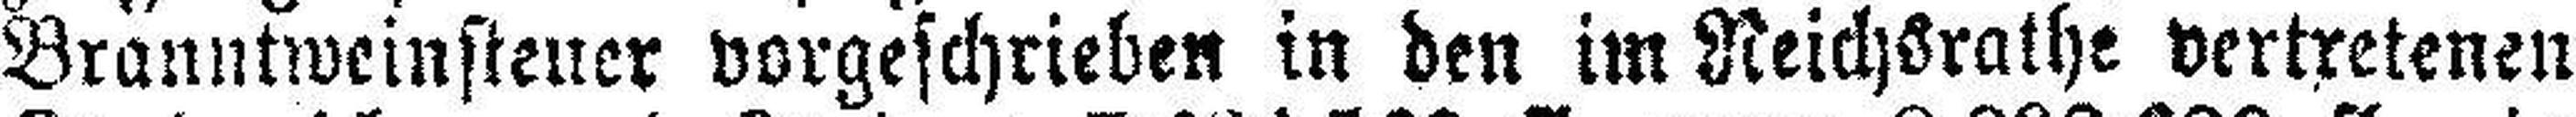
Branntweinsteuer vorgeschrieben in den im Reichsrathe vertretenen